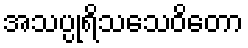
အသပ္ပုရိသသေဝိတော